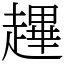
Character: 䟆